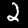
Digit: 2